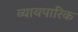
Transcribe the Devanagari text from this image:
व्यायपारिक